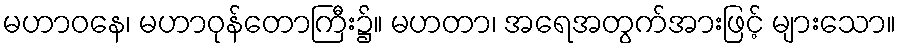
မဟာဝနေ၊ မဟာဝုန်တောကြီး၌။ မဟတာ၊ အရေအတွက်အားဖြင့် များသော။